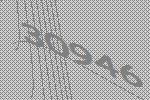
30946